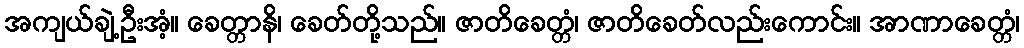
အကျယ်ချဲ့ဦးအံ့။ ခေတ္တာနိ၊ ခေတ်တို့သည်။ ဇာတိခေတ္တံ၊ ဇာတိခေတ်လည်းကောင်း။ အာဏာခေတ္တံ၊